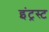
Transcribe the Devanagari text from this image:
इंट्रस्ट